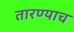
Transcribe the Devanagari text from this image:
तारण्याच